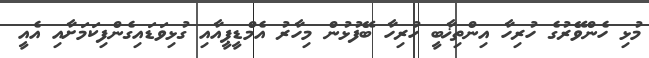
މުޅި ހެންވޭރުގެ ހުރިހާ އިންތިޚާބީ ހުރިހާ ބޭފުޅުން މިހާރު އެމްޑީޕީއާއި ގުޅިވަޑައިގެންފިކަމަށާއި އެއީ